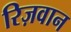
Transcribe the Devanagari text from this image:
रिज़वान